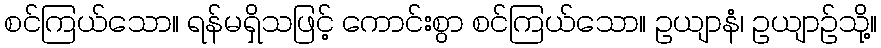
စင်ကြယ်သော။ ရန်မရှိသဖြင့် ကောင်းစွာ စင်ကြယ်သော။ ဥယျာနံ၊ ဥယျာဉ်သို့။